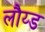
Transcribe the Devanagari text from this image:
लौय्ड